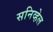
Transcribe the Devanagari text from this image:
सनिव्हेल